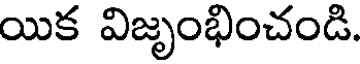
యిక విజృంభించండి.